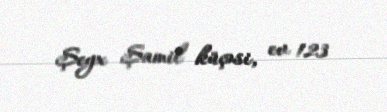
Şeyx Şamil küçəsi, ev 123